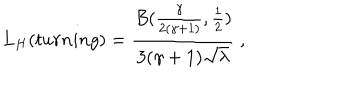
LaTeX: L _ { H } ( t u r n i n g ) = \frac { B ( \frac { \gamma } { 2 ( \gamma + 1 ) } , \frac 1 2 ) } { 3 ( \gamma + 1 ) \sqrt { \lambda } } \ ,